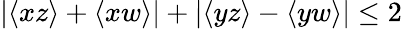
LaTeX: |\langle xz\rangle+\langle xw\rangle|+|\langle yz\rangle-\langle yw\rangle|\le 2